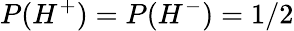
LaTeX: P({H^{+}})=P({H^{-}})=1/2